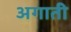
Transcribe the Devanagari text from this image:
अगाती